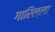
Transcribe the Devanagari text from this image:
गारिल्ला